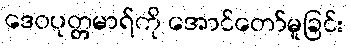
ဒေဝပုတ္တမာရ်ကို အောင်တော်မူခြင်း